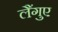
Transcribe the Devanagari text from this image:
लैंगुए